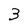
Character: 3